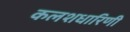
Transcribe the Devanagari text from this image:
कलशधारिणी